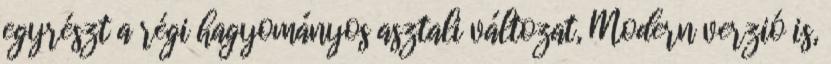
egyrészt a régi hagyományos asztali változat, Modern verzió is,